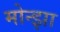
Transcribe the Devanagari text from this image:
मोन्झा